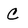
Character: C